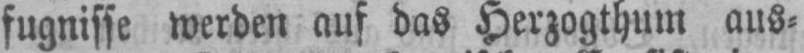
fugnisse werden auf das Herzogthum aus⸗